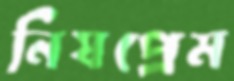
নিষপ্রেম